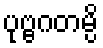
ပုဗ္ဗဂတမ္ပိ